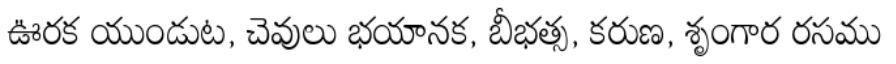
ఊరక యుండుట, చెవులు భయానక, బీభత్స, కరుణ, శృంగార రసము